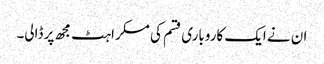
ان نے ایک کاروباری قسم کی مسکراہٹ مجھ پر ڈالی۔